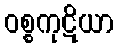
ဝစ္စကုဋိယာ